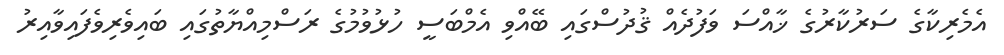
އެމެރިކާގެ ސަރުކާރުގެ ޚާއްސަ ވަފުދެއް ޤުދުސްގައި ބޭއްވި އެމްބަސީ ހުޅުވުމުގެ ރަސްމިއްޔާތުގައި ބައިވެރިވެފައިވާއިރު